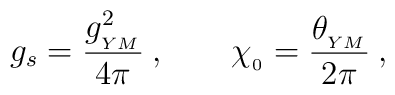
g_s = {g_{_{YM}}^2 \over {4\pi}} \:, \qquad\chi_{_{0}} =  {\theta_{_{YM}} \over 2\pi} \:,